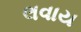
લવાય